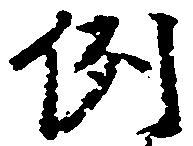
例